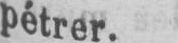
pétrer.